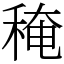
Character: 䅖